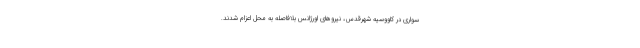
سواری در کاووسیه شهرقدس، نیروهای اورژانس بلافاصله به محل اعزام شدند.